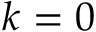
k = 0